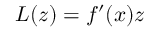
L ( z ) = f ^ { \prime } ( x ) z